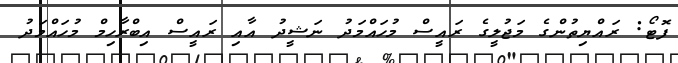
ފޮޓޯ: ރައްޔިތުންގެ މަޖުލީގެ ރައީސް މުހައްމަދު ނަޝީދު އާއި ރައީސް އިބްރާހިމް މުހައްމަދު